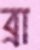
ব্রা